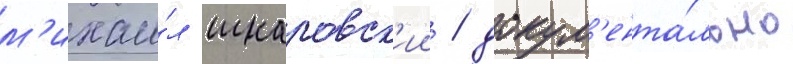
м'ихаи́л шкаровск'ии / докум'ента́льно